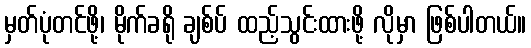
မှတ်ပုံတင်ဖို့၊ မိုက်ခရို ချစ်ပ် ထည့်သွင်းထားဖို့ လိုမှာ ဖြစ်ပါတယ်။